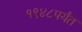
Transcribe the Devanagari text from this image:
१९४८पर्यंत